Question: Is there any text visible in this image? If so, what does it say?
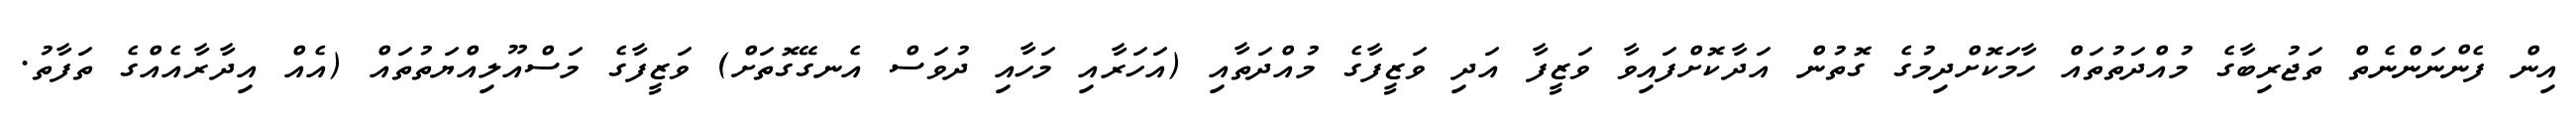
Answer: އިން ފެންނަންނެތް ތަޖުރިބާގެ މުއްދަތުތައް ހާމަކޮށްދިމުގެ ގޮތުން އަދާކޮށްފައިވާ ވަޒީފާ އަދި ވަޒީފާގެ މުއްދަތާއި (އަހަރާއި މަހާއި ދުވަސް އެނގޭގޮތަށް) ވަޒީފާގެ މަސްއޫލިއްޔަތުތައް (އެއް އިދާރާއެއްގެ ތަފާތު.